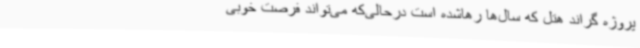
پروژه گراند هتل که سال‌ها رهاشده است درحالی‌که می‌تواند فرصت خوبی